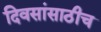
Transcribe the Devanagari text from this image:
दिवसांसाठीच